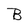
Character: B